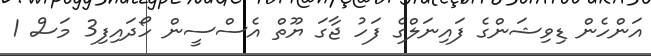
އަންހެން ޑިވިޝަންގެ ފައިނަލްގެ ފަހު ޖާގަ ޔޫތް އެސްސީން ހޯދައިފި3 މަސް 1